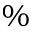
\%